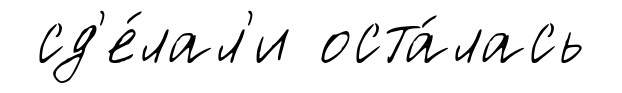
сд'е́лал'и оста́лась